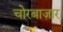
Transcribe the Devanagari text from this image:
चोरबाज़ार